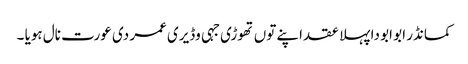
کمانڈر ابو ابو دا پہلا عقد اپنے توں تھوڑی جہی وڈیری عمر دی عورت نال ہویا ۔